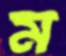
ম